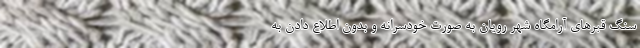
سنگ قبرهای آرامگاه شهر رویان به صورت خودسرانه و بدون اطلاع دادن به